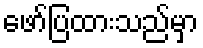
ဖော်ပြထားသည်မှာ